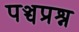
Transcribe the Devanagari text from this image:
पञ्चप्रश्न